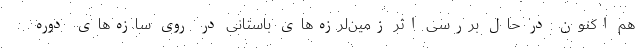
هم اکنون در حال بررسی اثر زمین‌لرزه‌های باستانی در روی سازه‌های دوره